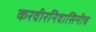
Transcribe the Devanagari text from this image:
करवीरनिवासिनीच